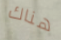
هناك